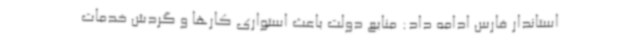
استاندار فارس ادامه داد: منابع دولت باعث استواری کارها و گردش خدمات